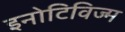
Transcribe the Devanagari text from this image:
इनोटिविज्म